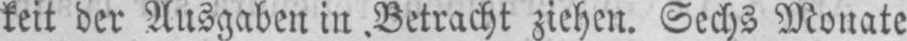
keit der Ausgaben in Betracht ziehen. Sechs Monate